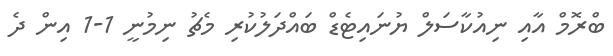
ބްރޮމް އާއި ނިއުކާސަލް ޔުނައިޓެޑް ބައްދަލުކުރި މެޗު ނިމުނީ 1-1 އިން ދެ